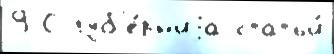
9 С губ'е́рн'иjа статьи́